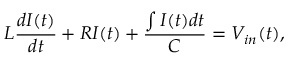
L \frac { d I ( t ) } { d t } + R I ( t ) + \frac { \int I ( t ) d t } { C } = V _ { i n } ( t ) ,